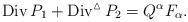
LaTeX: \begin{align*}\operatorname{Div}P_1+\operatorname{Div}^{\vartriangle}P_2=Q^{\alpha}F_{\alpha}.\end{align*}